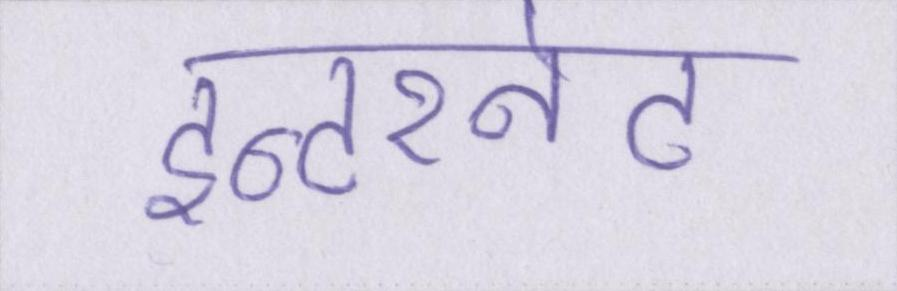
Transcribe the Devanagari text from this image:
इन्टरनेट